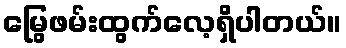
မြွေဖမ်းထွက်လေ့ရှိပါတယ်။